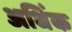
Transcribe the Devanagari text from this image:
अधिंक